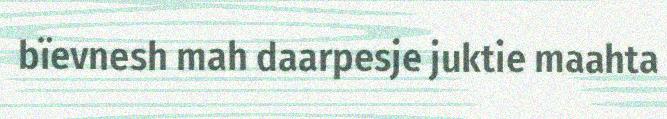
bïevnesh mah daarpesje juktie maahta